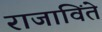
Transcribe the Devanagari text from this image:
राजाविंते